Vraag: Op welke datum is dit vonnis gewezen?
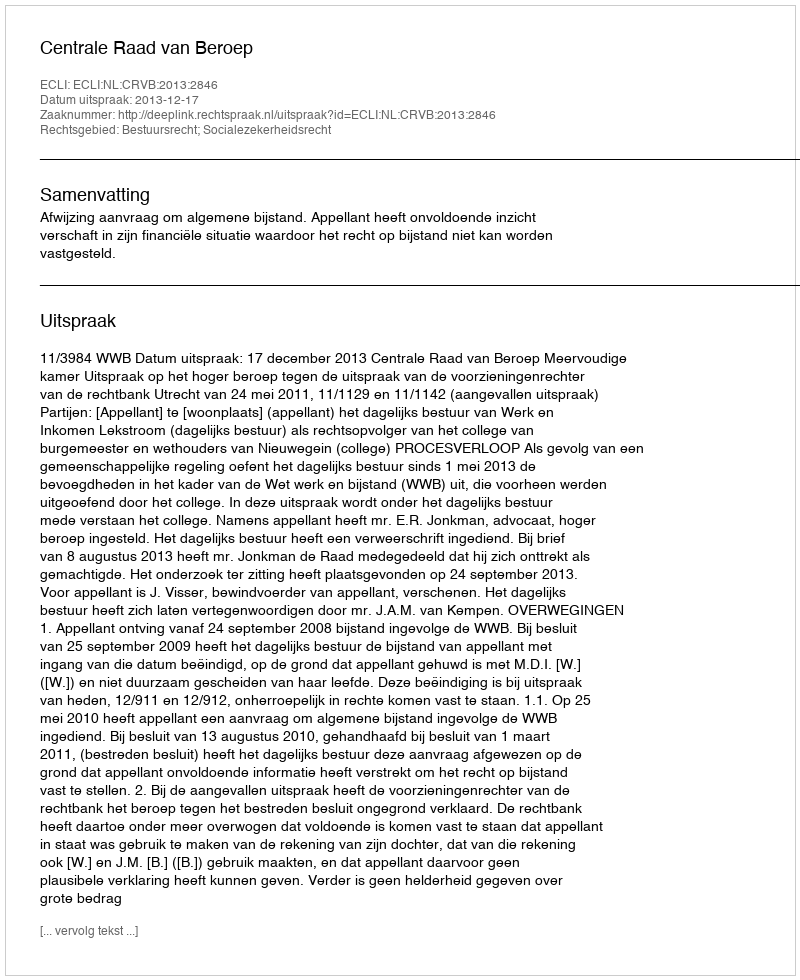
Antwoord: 2013-12-17